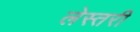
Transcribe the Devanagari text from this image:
लेस्तरी